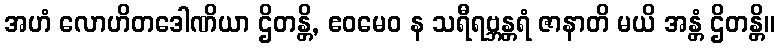
အဟံ လောဟိတဒေါဏိယာ ဌိတန္တိ, ဧဝမေဝ န သရီရဗ္ဘန္တရံ ဇာနာတိ မယိ အန္တံ ဌိတန္တိ။